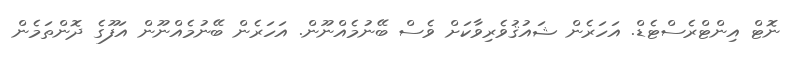
ނޮޓް އިންޓްރެސްޓެޑް. އަހަރެން ޝައުޤުވެރިވާކަށް ވެސް ބޭނުމެއްނޫން. އަހަރެން ބޭނުމެއްނޫން އަފޫގެ ދޮންތަމެން